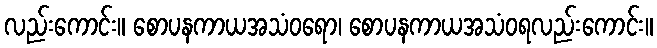
လည်းကောင်း။ စောပနကာယအသံဝရော၊ စောပနကာယအသံဝရလည်းကောင်း။